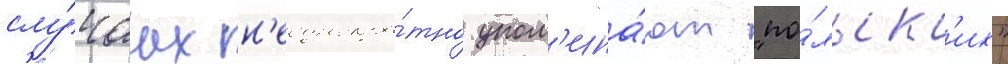
слу́чаах н'еоднокра́тно упом'ина́ют "по́льск'их"